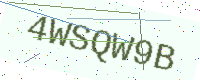
Text: 4WSQW9B